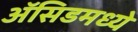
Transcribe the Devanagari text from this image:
ॲसिडमध्ये